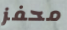
محفز